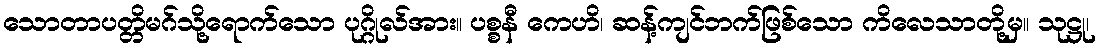
သောတာပတ္တိမဂ်သို့ရောက်သော ပုဂ္ဂိုလ်အား။ ပစ္စနီ ကေဟိ၊ ဆန့်ကျင်ဘက်ဖြစ်သော ကိလေသာတို့မှ။ သုဋ္ဌု၊